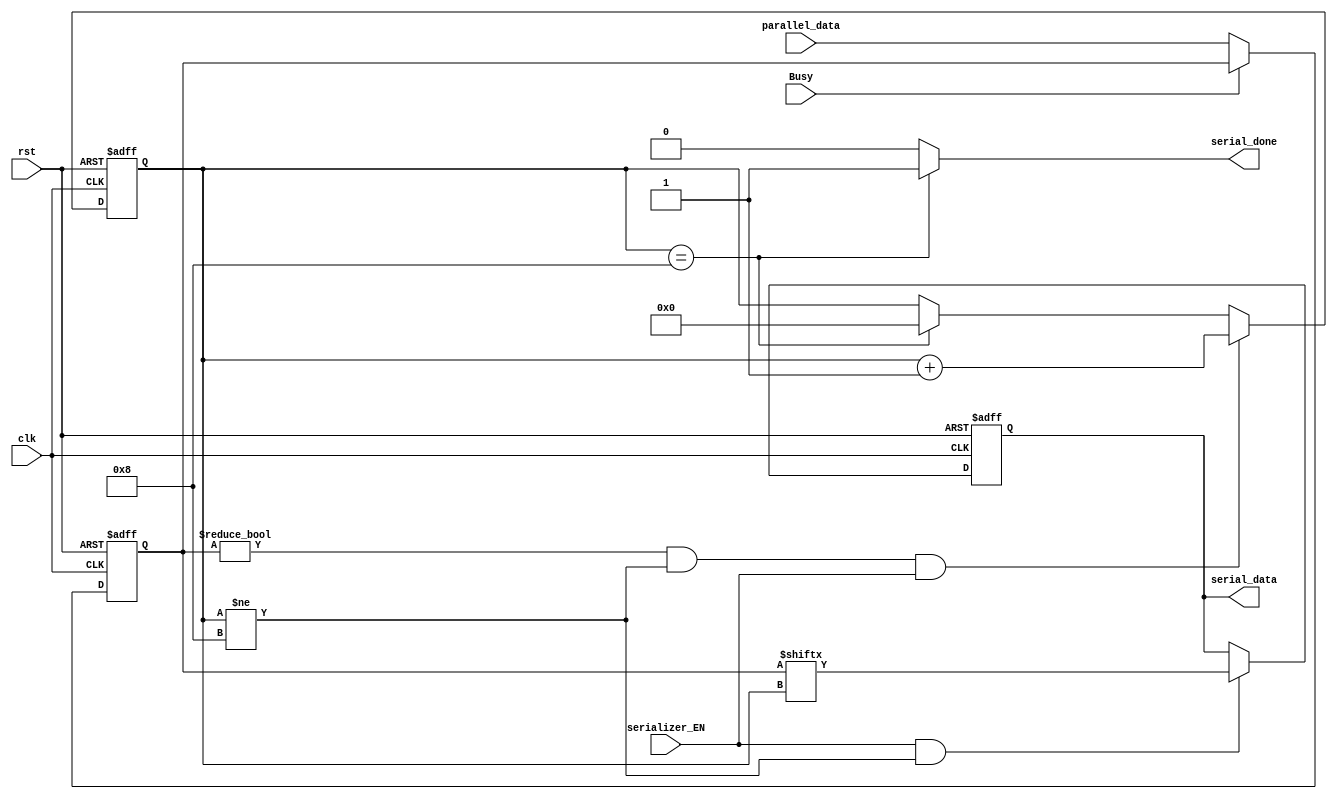
module serializer #(parameter  in_width =8 ,count_width=4)
 (
    input  wire [in_width-1:0] parallel_data,
    input  wire                serializer_EN,
    input  wire                clk,
    input  wire                rst,
    input  wire                Busy,
    output reg                 serial_data,
    output reg                 serial_done
    );
    
reg [in_width-1:0]      parallel_data_reg;
reg [count_width-1:0]   index_counter;


// register input data as it 8 bits to give chance for all input bits to be stable in clk cycle 
always @(posedge clk or negedge rst) 
 begin
 if(!rst)
    parallel_data_reg <='d0;
 else if(!Busy)
    parallel_data_reg <= parallel_data;
 end


always @(posedge clk or negedge rst) 
begin
 if(!rst)
    serial_data <=1'd0;
 else if(serializer_EN && (index_counter != in_width))
    serial_data <= parallel_data_reg[index_counter];
end

always @(posedge clk or negedge rst) 
begin
 if(!rst)
    index_counter <='d0;
 else if((parallel_data_reg != 'd0)&&(index_counter != in_width)&& serializer_EN)
    index_counter <= index_counter + 'd1;
 else if(index_counter == in_width)
    index_counter <='d0;

end

always @(*) 
begin
  if (index_counter == in_width)
    serial_done=1'd1;
    else
    serial_done=1'd0;
end
endmodule